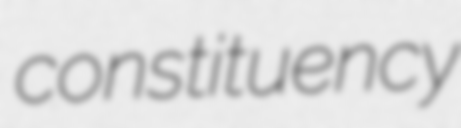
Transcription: constituency